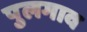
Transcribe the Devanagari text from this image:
पुलगाव